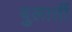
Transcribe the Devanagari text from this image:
बुलातीं